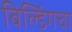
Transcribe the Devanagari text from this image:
बिल्डिंगचा